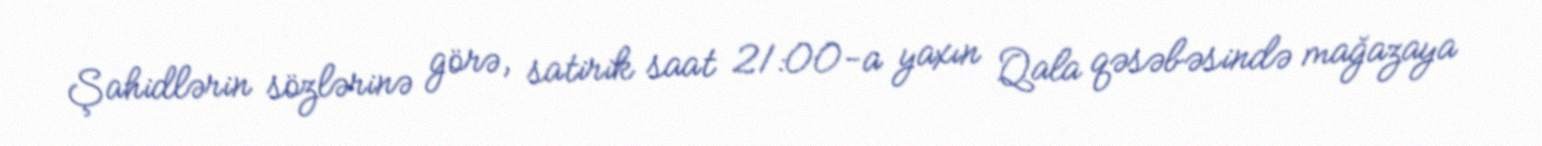
Şahidlərin sözlərinə görə, satirik saat 21:00-a yaxın Qala qəsəbəsində mağazaya